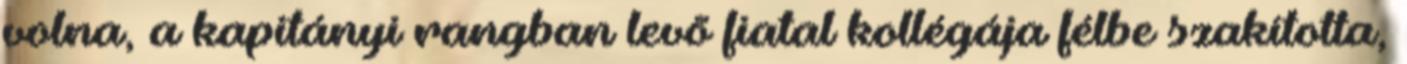
volna, a kapitányi rangban levõ fiatal kollégája félbe szakította,